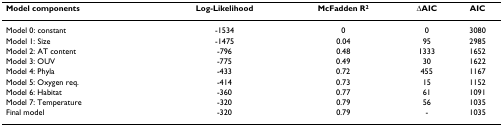
| Model components | Log-Likelihood | McFadden R2 | ΔAIC | AIC |
 | --- | --- | --- | --- | --- |
 | Model 0: constant | -1534 | 0 | 0 | 3080 |
 | Model 1: Size | -1475 | 0.04 | 95 | 2985 |
 | Model 2: AT content | -796 | 0.48 | 1333 | 1652 |
 | Model 3: OUV | -775 | 0.49 | 30 | 1622 |
 | Model 4: Phyla | -433 | 0.72 | 455 | 1167 |
 | Model 5: Oxygen req. | -414 | 0.73 | 15 | 1152 |
 | Model 6: Habitat | -360 | 0.77 | 61 | 1091 |
 | Model 7: Temperature | -320 | 0.79 | 56 | 1035 |
 | Final model | -320 | 0.79 | - | 1035 |